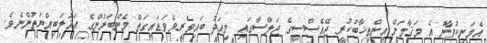
އެމަނިކުފާނު އެ މަޤާމަށް އިންތިޚާބުކުރީ ޖޭއެސްސީގެ ޖަލްސާގައި މިއަދު ބައިވެރިވެވަޑައިގަތް މެންބަރުންގެ އަޣުލަބިއްޔަތުންނެވެ.